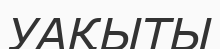
УАҚЫТЫ